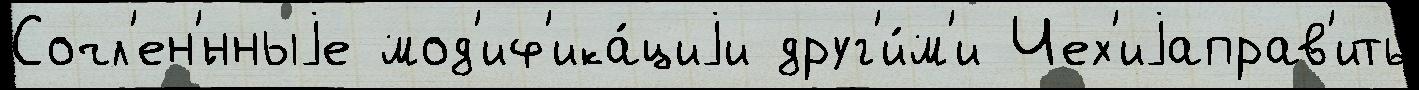
Сочл'ен'́нныjе мод'иф'ика́циjи друг'и́м'и Чех'иjаправ'ить